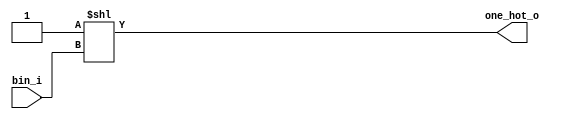
module one_hot(bin_i,one_hot_o);
parameter BIN_W=4;
parameter ONE_HOT_W=16;
input   [BIN_W-1:0]     bin_i;
 output   [ONE_HOT_W-1:0] one_hot_o;

  assign one_hot_o = 1'b1<<bin_i;

endmodule